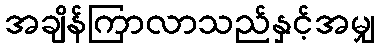
အချိန်ကြာလာသည်နှင့်အမျှ